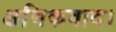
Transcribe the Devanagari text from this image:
क्षणिकवाद।